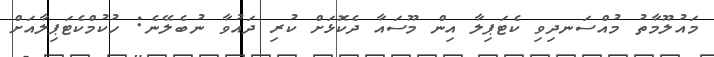
މައުލޫމާތު މުއްސަނދިވި ކެޓަޕިލާ އިން މޫސައާ ދެކޮޅަށް ކުރި ދައުވާ ނުބެލޭނެ: ހުކުމްކެޓަޕިލާއަށް